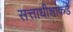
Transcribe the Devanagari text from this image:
सत्ताधीशांकडे